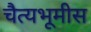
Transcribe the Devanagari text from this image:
चैत्यभूमीस